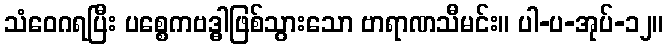
သံဝေဂရပြီး ပစ္စေကဗဒ္ဓါဖြစ်သွားသော ဗာရာဏသီမင်း။ ပါ-ပ-အုပ်-၁၂။